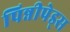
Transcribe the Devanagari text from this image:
पिन्नीपेड्स